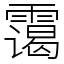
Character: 霭